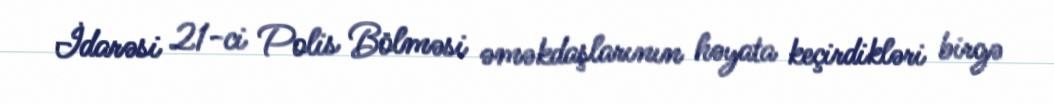
İdarəsi 21-ci Polis Bölməsi əməkdaşlarının həyata keçirdikləri birgə